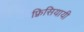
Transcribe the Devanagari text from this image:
फ़्रिसियायी